Lunatic asylums in Bengal annual reports 1888-1898 - 1888-1898
Year: 1888
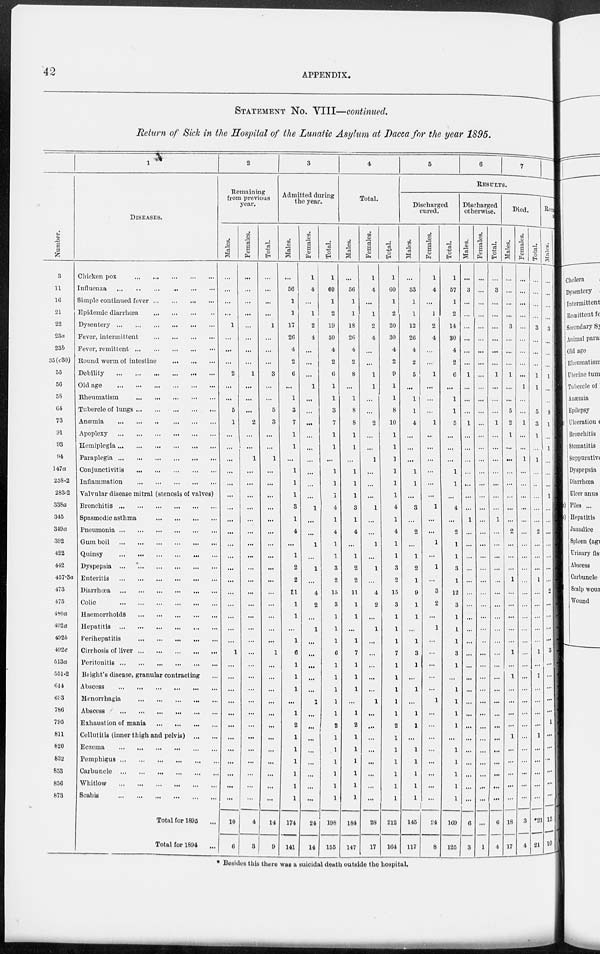
42
APPENDIX.
STATEMENT NO. VIII—continued.
Return of Sick in the Hospital of the Lunatic Asylum at Dacca for the year 1895.
Number.
3
11
16
21
22
23a
23b
35(c30)
55
56
58
64
73
91
93
94
147a
258.2
283-2
338a
345
349a
392
422
442
457-3a
473
475
480a
492a
4926
492c
513a
551-2
614
693
786
795
811
820
832
853
856
873
1
DISEASES.
Chicken pox
Influenza
Simple continued fever
Epidemic diarrhoea
Dysentery
Fever, intermittent
Fever, remittent
...
Bound worm of intestine
Debility
Old age
Rheumatism
Tubercle of lungs
Anæmia
Apoplexy
Hemiplegia
Paraplegia
Conjunctivitis
Inflammation
Valvular disease mitral (stenosis of valves)
Bronchitis
Spasmodic asthma
Pneumonia
Gum boil
Quinsy
Dyspepsia
Enteritis
. ...
Diarrhoea
Colic
Haemorrhoids
Hepatitis
.
Perihepatitis
...
...
...
Cirrhosis of liver
Peritonitis
Blight's disease, granular contracting ...
Abscess
Menorrhagia
Abscess
...
...
...
...
...
...
Exhaustion of mania
Cellutitis (inner thigh and pelvis)
Eczema
Pemphigus
Carbuncle
.
.
Whitlow
Scabis
Total for 1895 ...
Total for 1894
...
2
Remaining
from previous
year.
Males.
...
...
...
...
1
...
...
...
2
...
...
5
1
...
...
...
...
...
...
...
...
...
...
...
...
...
...
...
...
...
...
1
...
...
...
...
...
...
...
...
...
...
...
...
10
6
Females.
...
...
...
...
...
...
...
...
1
...
...
...
2
...
...
1
...
...
...
...
...
...
...
...
...
...
...
...
...
...
...
...
...
...
...
...
...
...
...
...
...
...
...
...
4
3
Total.
. . .
...
...
...
1
...
...
...
3
...
...
5
3
...
...
1
...
...
...
...
...
...
...
...
...
...
...
...
...
...
...
1
...
...
...
...
...
...
...
...
...
...
...
...
14
9
3
Admitted during
the year.
Males.
...
56
1
1
17
26
4
2
6
...
1
3
7
1
1
...
1
1
1
3
1
4
...
1
2
2
11
1
1
...
1
6
1
1
1
...
1
2
1
1
1
1
1
1
174
141
Females.
1
4
...
1
2
4
...
...
...
1
...
...
...
...
...
...
...
...
...
1
...
...
1
...
1
...
4
2
...
1
...
...
...
...
...
...
...
...
...
...
...
...
...
...
24
14
Total.
1
60
1
2
19
80
4
2
6
1
1
3
7
1
1
...
1
1
1
4
1
4
1
1
3
2
15
3
1
1
1
6
1
1
1
1
1
2
1
1
1
1
1
1
198
165
4
Total.
Males.
...
56
1
1
18
26
4
2
8
...
1
8
8
1
1
...
1
1
1
8
1
4
...
1
2
2
11
1
1
...
1
7
1
1
1
...
1
2
1
1
1
1
1
1
184
147
Females.
1
4
...
1
2
4
...
...
1
1
...
...
2
...
...
1
...
...
...
1
...
...
1
...
1
...
4
2
...
1
...
...
...
...
...
1
...
...
...
...
...
...
...
...
28
17
Total.
1
60
1
2
20
30
4
2
9
1
1
8
10
1
1
1
1
1
1
4
1
4
1
1
3
2
15
3
1
1
1
7
1
1
1
1
1
2
1
1
1
1
1
1
212
164
5
6
7
RESULTS.
Discharged
cured.
Males.
...
53
1
1
12
26
4
2
5
...
1
1
4
...
...
...
1
1
...
3
...
2
1
2
1
9
1
1
...
1
3
1
...
1
...
1
1
...
1
1
1
1
1
145
117
Females.
1
4
...
1
2
4
...
...
1
...
...
...
1
...
...
...
...
...
...
1
...
...
1
...
1
...
3
2
...
1
...
...
...
...
...
1
...
...
...
...
...
...
...
...
24
8
Total.
1
57
1
2
14
30
4
2
6
...
1
1
6
...
...
...
1
1
...
4
...
2
1
1
3
1
12
3
1
1
1
3
1
...
1
1
1
1
...
1
1
1
1
1
169
125
Discharged
otherwise.
Males.
...
3
...
...
...
...
...
...
1
...
...
...
1
...
...
...
...
...
...
1
...
...
...
...
...
...
...
...
...
...
...
...
...
...
...
...
...
...
...
...
...
...
...
6
3
Females.
...
...
...
...
...
...
...
...
...
...
...
...
...
...
...
...
...
...
...
...
...
...
...
...
...
...
...
...
...
...
...
...
...
...
...
...
...
...
...
...
...
...
...
...
...
1
Total.
...
3
...
...
...
...
...
...
1
...
...
...
1
...
...
...
...
...
...
...
1
...
...
...
...
...
...
...
...
...
...
...
...
...
...
...
...
...
...
...
...
...
...
...
6
4
Died.
Males.
...
...
...
...
3
...
...
...
1
...
...
6
2
1
...
...
...
...
...
...
...
2
...
...
...
1
...
...
...
...
...
1
...
1
...
...
...
...
1
...
...
...
...
...
18
17
Females.
...
...
...
...
...
...
...
...
...
1
...
...
1
...
...
1
...
...
...
...
...
...
...
...
...
...
...
...
...
...
...
...
...
...
...
...
...
...
...
...
...
...
...
...
3
4
Total.
...
...
...
...
3
...
...
...
1
1
...
5
3
1
.....
1
...
...
...
...
...
2
...
...
...
1
...
...
...
...
...
1
...
1
...
...
...
...
1
...
...
...
...
...
*21
21
Remaining
sick
Males.
...
...
...
3
...
...
...
1
...
...
9
1
...
1
...
...
...
1
...
...
...
...
...
...
...
2
...
...
...
...
3
...
...
...
...
...
1
...
...
...
...
...
15
10
* Besides this there was a suicidal death outside the hospital.